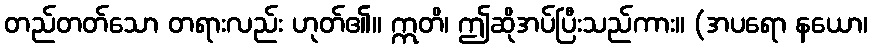
တည်တတ်သော တရားလည်း ဟုတ်၏။ ဣတိ၊ ဤဆိုအပ်ပြီးသည်ကား။ (အပရော နယော၊